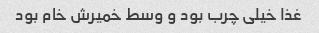
غذا خیلی چرب بود و وسط خمیرش خام بود